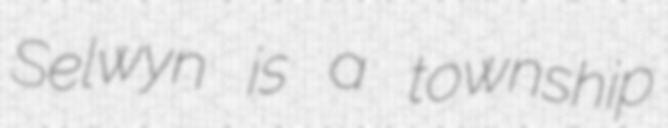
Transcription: Selwyn is a township